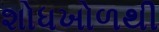
શોધખોળથી